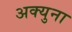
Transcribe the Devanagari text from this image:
अक्युना